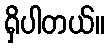
ရှိပါတယ်။